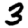
Digit: 3